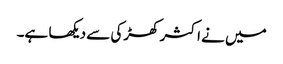
میں نے اکثر کھڑکی سے دیکھا ہے۔